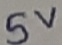
Text: 5V